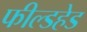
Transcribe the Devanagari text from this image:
फील्डहेड